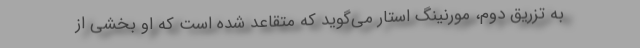
به تزریق دوم، مورنینگ استار می‌گوید که متقاعد شده است که او بخشی از